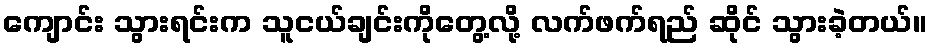
ကျောင်း သွားရင်းက သူငယ်ချင်းကိုတွေ့လို့ လက်ဖက်ရည် ဆိုင် သွားခဲ့တယ်။